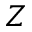
Z